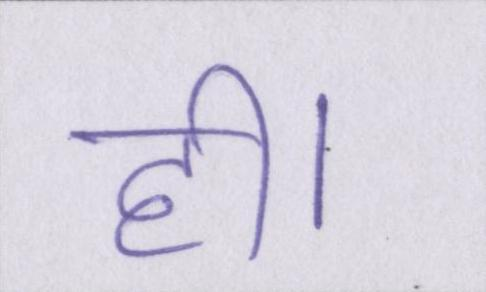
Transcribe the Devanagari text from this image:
ही।